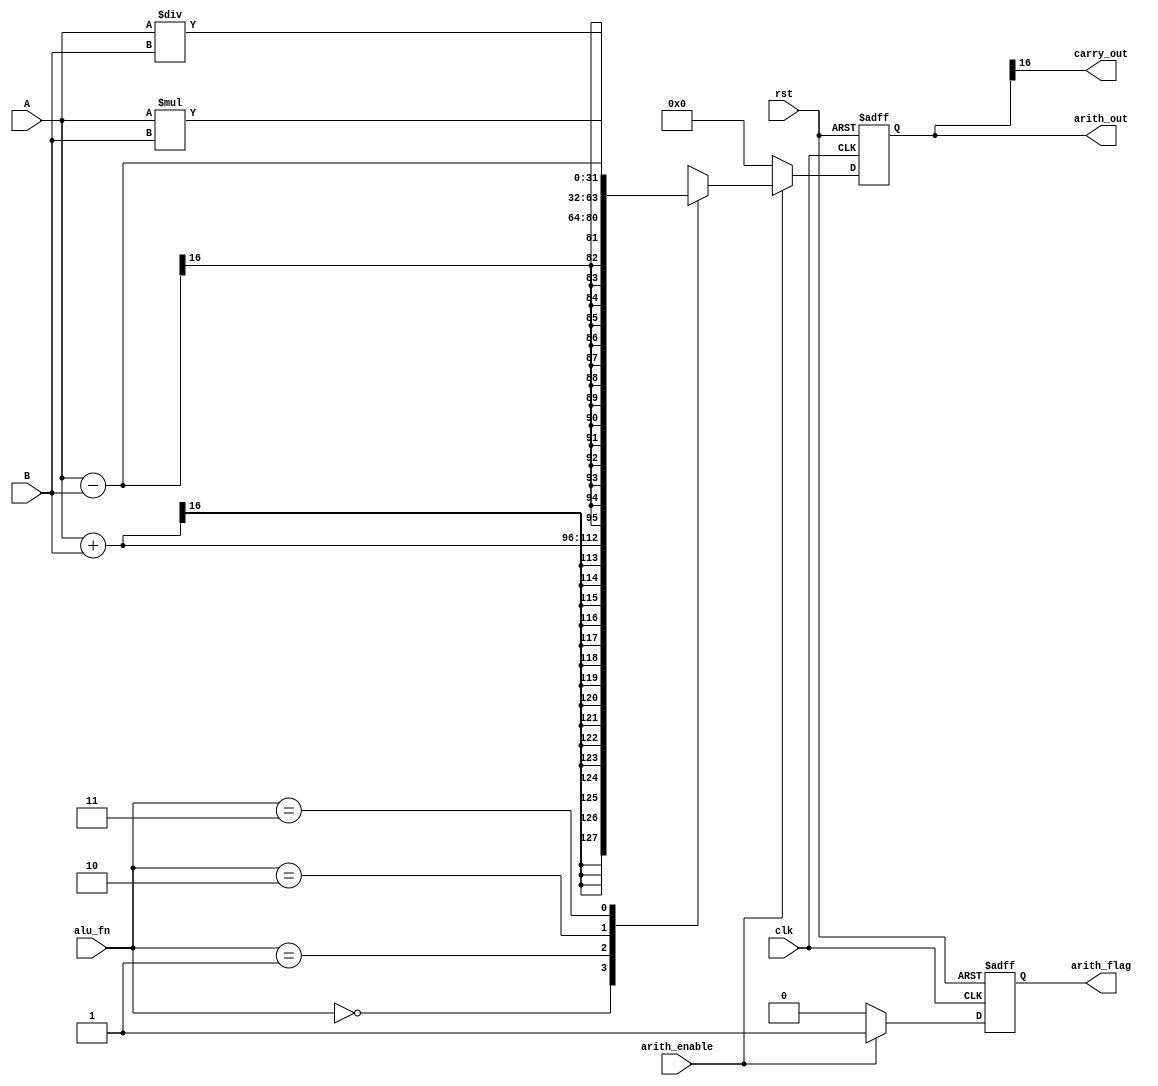
module arith_unit#(parameter in_data_width=16,out_data_width=32)(
input signed [in_data_width-1:0]A,B,
input clk,rst,arith_enable,
input [1:0]alu_fn,
output  carry_out,
output reg arith_flag,
output reg signed[out_data_width-1:0]arith_out
);
assign carry_out=arith_out[in_data_width];

always @(posedge clk , negedge rst) begin
    if(!rst)begin
        arith_flag<=0;
        arith_out<=0;
    end
    else if(arith_enable) begin
        arith_flag<=1;
    case (alu_fn)
        2'b00: arith_out<=A + B;
        2'b01: arith_out<=A - B;
        2'b10: arith_out<=A * B;
        2'b11: arith_out<=A / B;
    endcase
    end
    else begin
        arith_flag<=0;
        arith_out<=0;
    end

end

endmodule